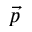
\vec { p }